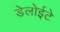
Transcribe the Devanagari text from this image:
डेलोईटे